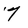
Character: 7